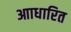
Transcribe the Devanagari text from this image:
आाधारित